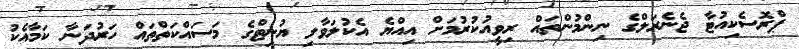
ޕްރޮސެކިއުޓާ ޖެނެރަލްގެ ނިންމުންތައް ރިވީއުކުރުމަށް އިއްޔެ އެކުލަވާލި ޔުނިޓްގެ މަސައްކަތްތައް ހަރުދަނާ ކަމާއެކު